Report on horse surra - Volume II, Part I
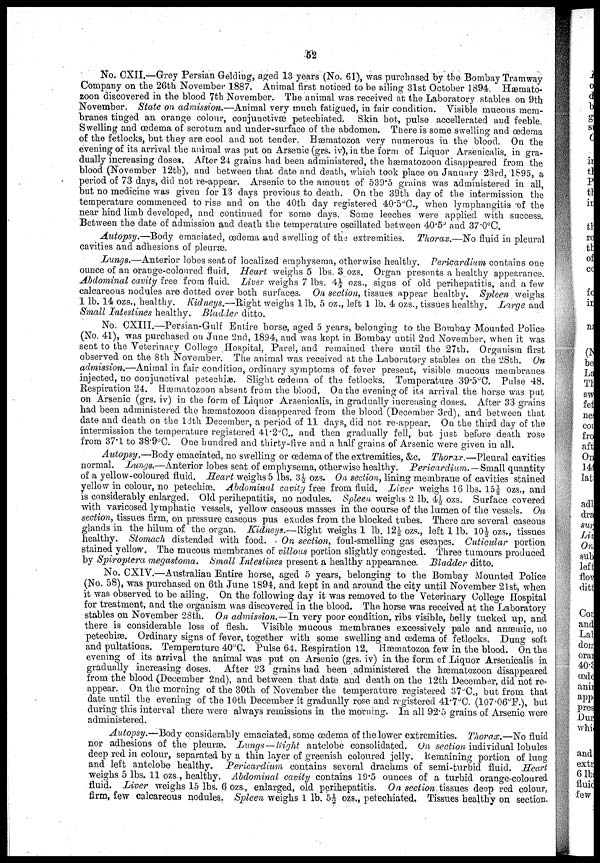
52
No. CXII.—Grey Persian Gelding, aged 13 years (No. 61), was purchased by the Bombay Tramway
Company on the 26th November 1887. Animal first noticed to be ailing 31st October 1894. Hæmato¬
zoon discovered in the blood 7th November. The animal was received at the Laboratory stables on 9th
November. State on admission.—Animal very much fatigued, in fair condition. Visible mucous mem-
branes tinged an orange colour, conjunctivæ petechiated.
Skin hot, pulse accellerated and feeble.
Swelling and œdema of scrotum and under-surface of the abdomen. There is some swelling and œdema
of the fetlocks, but they are cool and not tender. Hæmatozoa very numerous in the blood. On the
evening of its arrival the animal was put on Arsenic (grs. iv), in the form of Liquor Arsenicalis, in gra-
dually increasing doses. After 24 grains had been administered, the hæmatozoon disappeared from the
blood (November 12th), and between that date and death, which took place on January 23rd, 1895, a
period of 73 days, did not re-appear. Arsenic to the amount of 539.5 grains was administered in all,
but no medicine was given for 13 days previous to death. On the 39th day of the intermission the
temperature commenced to rise and on the 40th day registered 40.5°C., when lymphangitis of the
near hind limb developed, and continued for some days. Some leeches were applied with success.
Between the date of admission and death the temperature oscillated between 40.5° and 37.0°C.
Autopsy.—Body
emaciated, œdema and swelling of the extremities. Thorax.—No fluid in pleural
cavities and adhesions of pleuræ.
Lungs.—Anterior
lobes seat of localized emphysema, otherwise healthy. Pericardium contains one
ounce of an orange-coloured fluid. Heart weighs 5 lbs. 3 ozs. Organ presents a healthy appearance.
Abdominal cavity free from fluid. Liver weighs 7 lbs. 4½ ozs., signs of old perihepatitis, and a few
calcareous nodules are dotted over both surfaces. On section, tissues appear healthy. Spleen. weighs
1 lb. 14 ozs., healthy. Kidneys.—Right weighs 1 lb. 5 oz., left 1 lb. 4 ozs., tissues healthy. Large and
Small Intestines healthy. Bladder ditto.
No. CXIII.—Persian-Gulf Entire horse, aged 5 years, belonging to the Bombay Mounted Police
(No. 41), was purchased on June 2nd, 1894, and was kept in Bombay until 2nd November, when it was
sent to the Veterinary College Hospital, Parel, and remained there until the 27th. Organism first
observed on the 8th November. The animal was received at the Laboratory stables on the 28th. On
admission.—Animal in fair condition, ordinary symptoms of fever present, visible mucous membranes
injected, no conjunctival petechiæ. Slight œdema of the fetlocks. Temperature 39.5°C. Pulse 48.
Respiration 24. Hæmatozoon absent from the blood. On the evening of its arrival the horse was put
on Arsenic (grs. iv) in the form of Liquor Arsenicalis, in gradually increasing doses. After 33 grains
had been administered the hæmatozoon disappeared from the blood (December 3rd), and between that
date and death on the 13th December, a period of 11 days, did not re-appear. On the third day of the
intermission the temperature registered 41.2°C., and then gradually fell, but just before death rose
from 37.1 to 38.9°C. One hundred and thirty-five and a half grains of Arsenic were given in all.
Autopsy.—Body emaciated, no swelling or œdema of the extremities, &c. Thorax.—Pleural
cavities
normal. Lungs.—Anterior lobes seat of emphysema, otherwise healthy. Pericardium.—Small
quantity
of a yellow-coloured fluid. Heart weighs 5 lbs. 3½ ozs. On section, lining membrane of cavities stained
yellow in colour, no petechiæ. Abdominal cavity free from fluid. Liver weighs 16 lbs. 15½ ozs., and
is considerably enlarged. Old perihepatitis, no nodules. Spleen, weighs 2 lb. 4½ ozs. Surface covered
with varicosed lymphatic vessels, yellow caseous masses in the course of the lumen of the vessels. On
section, tissues firm, on pressure caseous pus exudes from the blocked tubes. There are several caseous
glands in the hilum of the organ. Kidneys.—Right
weighs 1 lb. 12½- ozs., left 1 lb. 10½ ozs., tissues
healthy. Stomach distended with food.
On section, foul-smelling gas escapes. Cuticular portion
stained yellow. The mucous membranes of villous portion slightly congested. Three tumours produced
by Spiroptera megastoma.
Small Intestines present a healthy appearance. Bladder ditto.
No. CXIV.—Australian Entire horse, aged 5 years, belonging to the Bombay Mounted Police
(No. 58), was purchased on 6th June 1894, and kept in and around the city until November 21st, when
it was observed to be ailing. On the following day it was removed to the Veterinary College Hospital
for treatment, and the organism was discovered in the blood. The horse was received at the Laboratory
stables on November 28th. On admission.—In very poor condition, ribs visible, belly tucked up, and
there is considerable loss of flesh. Visible mucous membranes excessively pale and anæmic, no
petechiæ. Ordinary signs of fever, together with some swelling and œdema of fetlocks. Dung soft
and pultatious. Temperature 40°C. Pulse 64. Respiration 12. Hæmatozoa few in the blood. On the
evening of its arrival the animal was put on Arsenic (grs. iv) in the form of Liquor Arsenicalis in
gradually increasing doses. After 23 grains had been administered the hæmatozoon disappeared
from the blood (December 2nd), and between that date and death on the 12th December, did not re-
appear. On the morning of the 30th of November the temperature registered 37°C., but from that
date until the evening of the 10th December it gradually rose and registered 41.7°C. (107.06°F.), but
during this interval there were always remissions in the morning. In all 92.5 grains of Arsenic were
administered.
Autopsy.—Body considerably emaciated, some œdema of the lower extremities. Thorax.—No fluid
nor adhesions of the pleuræ. Lungs — Right antelobe consolidated. On section individual lobules
deep red in colour, separated by a thin layer of greenish coloured jelly. Remaining portion of lung
and left antelobe healthy. Pericardium contains several drachms of semi-turbid fluid. Heart
weighs 5 lbs. 11 ozs., healthy. Abdominal cavity contains 19.5 ounces of a turbid orange-coloured
fluid. Liver weighs 15 lbs. 6 ozs., enlarged, old perihepatitis. On section tissues deep red colour,
firm, few calcareous nodules. Spleen weighs 1 lb. 5½ ozs., petechiated. Tissues healthy on section.